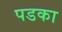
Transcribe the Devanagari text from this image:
पडका